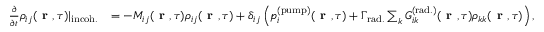
\begin{array} { r l } { \frac { \partial } { \partial t } \rho _ { i j } ( \textbf { r } , \tau ) | _ { \mathrm { i n c o h . } } } & { = - M _ { i j } ( \textbf { r } , \tau ) \rho _ { i j } ( \textbf { r } , \tau ) + \delta _ { i j } \left( p _ { i } ^ { ( \mathrm { p u m p } ) } ( \textbf { r } , \tau ) + \Gamma _ { \mathrm { r a d . } } \sum _ { k } G _ { i k } ^ { ( \mathrm { r a d . } ) } ( \textbf { r } , \tau ) \rho _ { k k } ( \textbf { r } , \tau ) \right) , } \end{array}